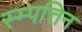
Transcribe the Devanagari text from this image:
स्म्पत्तिन